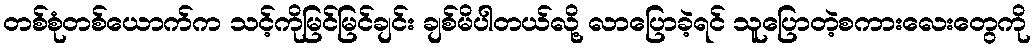
တစ်စုံတစ်ယောက်က သင့်ကိုမြင်မြင်ချင်း ချစ်မိပါတယ်လို့ လာပြောခဲ့ရင် သူပြောတဲ့စကားလေးတွေကို